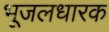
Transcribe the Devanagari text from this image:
भूजलधारक